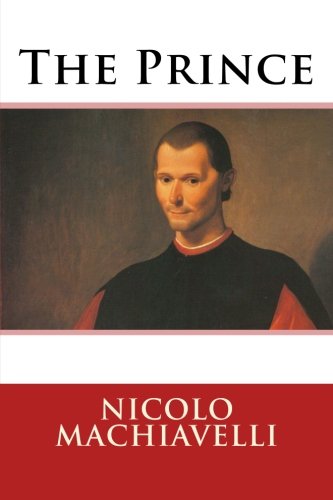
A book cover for The Prince; Nicolo Machiavelli; Politics & Social Sciences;